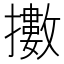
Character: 擻